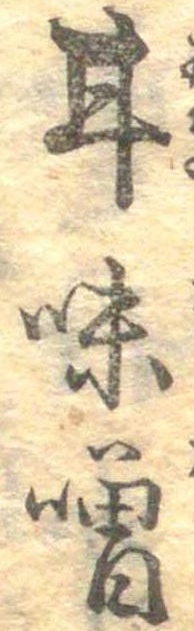
甘味噌